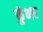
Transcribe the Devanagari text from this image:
कुंभर